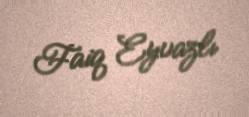
Faiq Eyvazlı